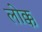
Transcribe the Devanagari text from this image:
लोक्क